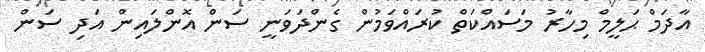
އާދަމް ޙަލީމް މިހާރު މަސައްކަތް ކުރައްވަމުން ގެންދަވަނީ ސަން އޮންލައިން އަދި ސަން